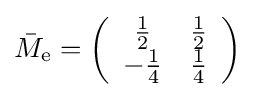
\textstyle {\bar {M}}_{\mathrm {e} }=\left({\begin{array}{cc}{\frac {1}{2}}&{\frac {1}{2}}\\-{\frac {1}{4}}&{\frac {1}{4}}\end{array}}\right)